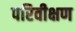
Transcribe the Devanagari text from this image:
परिवीक्षण